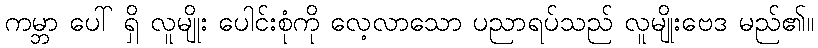
ကမ္ဘာ ပေါ် ရှိ လူမျိုး ပေါင်းစုံကို လေ့လာသော ပညာရပ်သည် လူမျိုးဗေဒ မည်၏။